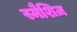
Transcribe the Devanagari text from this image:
स्मैशिज़